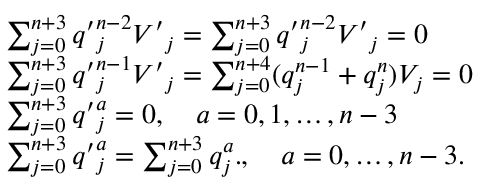
\begin{array} { l c r } { { \sum _ { j = 0 } ^ { n + 3 } { q ^ { \prime } } _ { j } ^ { n - 2 } { V ^ { \prime } } _ { j } = \sum _ { j = 0 } ^ { n + 3 } { q ^ { \prime } } _ { j } ^ { n - 2 } { V ^ { \prime } } _ { j } = 0 } } \\ { { \sum _ { j = 0 } ^ { n + 3 } { q ^ { \prime } } _ { j } ^ { n - 1 } { V ^ { \prime } } _ { j } = \sum _ { j = 0 } ^ { n + 4 } ( q _ { j } ^ { n - 1 } + q _ { j } ^ { n } ) V _ { j } = 0 } } \\ { { \sum _ { j = 0 } ^ { n + 3 } { q ^ { \prime } } _ { j } ^ { a } = 0 , \quad a = 0 , 1 , \ldots , n - 3 } } \\ { { \sum _ { j = 0 } ^ { n + 3 } { q ^ { \prime } } _ { j } ^ { a } = \sum _ { j = 0 } ^ { n + 3 } q _ { j } ^ { a } . , \quad a = 0 , \ldots , n - 3 . } } \end{array}